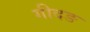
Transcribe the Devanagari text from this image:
गीदङ